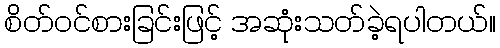
စိတ်ဝင်စားခြင်းဖြင့် အဆုံးသတ်ခဲ့ရပါတယ်။